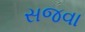
સજવા